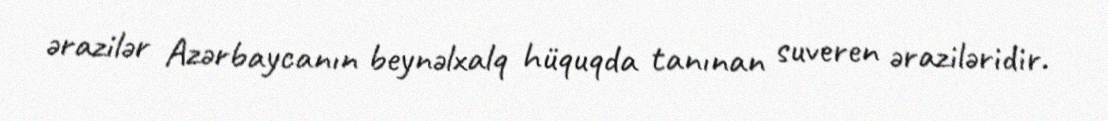
ərazilər Azərbaycanın beynəlxalq hüquqda tanınan suveren əraziləridir.